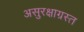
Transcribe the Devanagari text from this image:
असुरक्षाग्रस्त